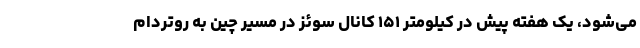
می‌شود، یک هفته پیش در کیلومتر ۱۵۱ کانال سوئز در مسیر چین به روتردام